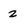
Character: 2